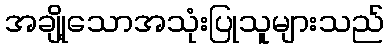
အချို့သောအသုံးပြုသူများသည်